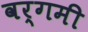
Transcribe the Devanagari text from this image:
वर्गमी